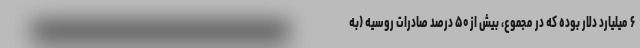
۶ میلیارد دلار بوده که در مجموع، بیش از ۵۰ درصد صادرات روسیه (به